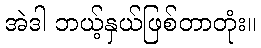
အဲဒါ ဘယ့်နှယ်ဖြစ်တာတုံး။